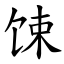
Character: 𫗧